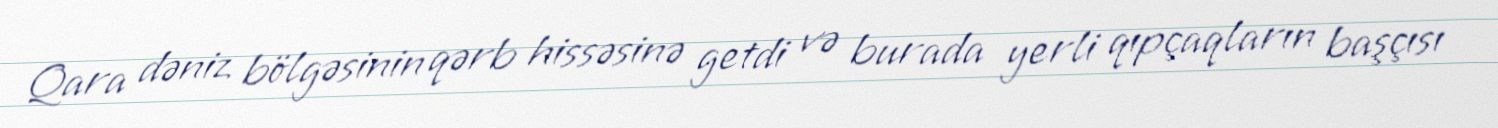
Qara dəniz bölgəsinin qərb hissəsinə getdi və burada yerli qıpçaqların başçısı